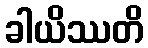
ခါယိဿတိ